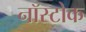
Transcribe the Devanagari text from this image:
नॉस्टोक